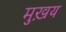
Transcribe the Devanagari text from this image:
मुख़य